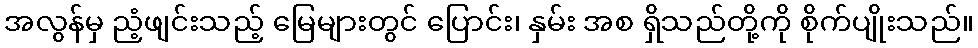
အလွန်မှ ညံ့ဖျင်းသည့် မြေများတွင် ပြောင်း၊ နှမ်း အစ ရှိသည်တို့ကို စိုက်ပျိုးသည်။